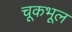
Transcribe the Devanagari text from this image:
चूकभूल